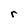
Character: r